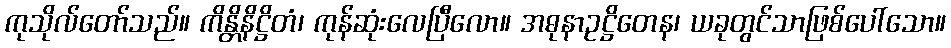
ကုသိုလ်တော်သည်။ ကိန္တိနိဋ္ဌိတံ၊ ကုန်ဆုံးလေပြီလော။ အဓုနာဥဋ္ဌိတေန၊ ယခုတွင်သာဖြစ်ပေါ်သော။